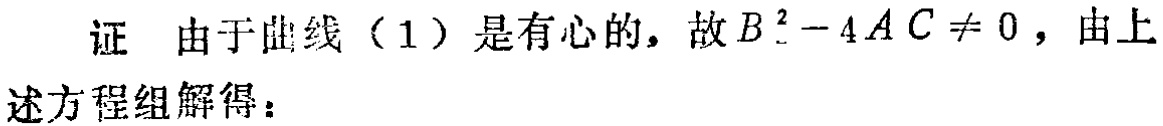
证 由于曲线（1）是有心的，故 \(B^{2}-4AC\neq 0\)，由上述方程组解得：